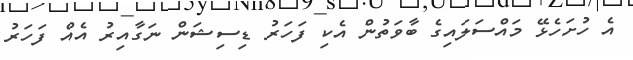
އެ ހުށަހެޅޭ މައްސަލައިގެ ބާވަތުން އެކި ފަހަރު ޑިސިޝަން ނަގާއިރު އެއް ފަހަރު